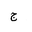
Letter: _gim